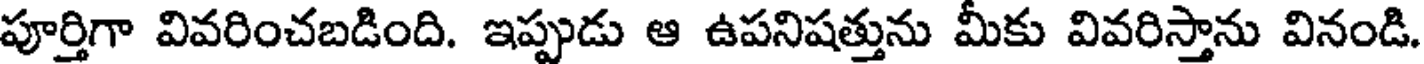
పూర్తిగా వివరించబడింది. ఇప్పుడు ఆ ఉపనిషత్తును మీకు వివరిస్తాను వినండి